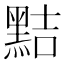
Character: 黠